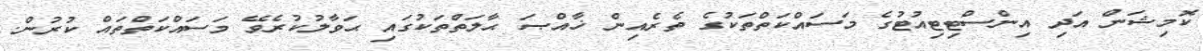
ކޮމިޝަން އަދި އިންސްޓިޓިއުޓުގެ މަސައްކަތްތަކުގެ ތެރެއިން ޚާއްޞަ ޙާލަތްތަކުގައި ޙަވާލުކުރެވޭ މަސައްކަތްތައް ކުރުން.